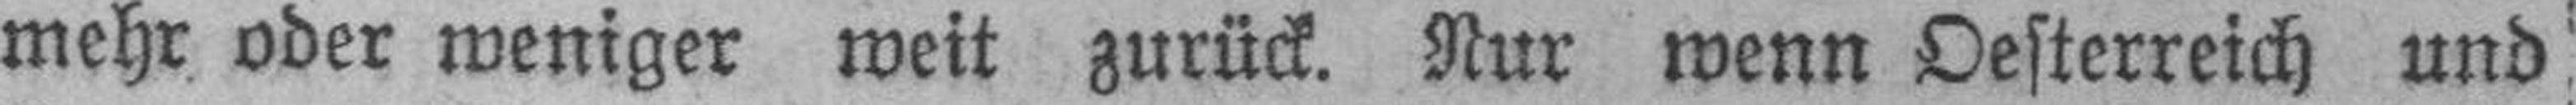
mehr oder weniger weit zurück. Nur wenn Oesterreich und